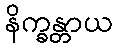
နိက္ခန္တာယ